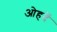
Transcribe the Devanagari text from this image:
ओहदें